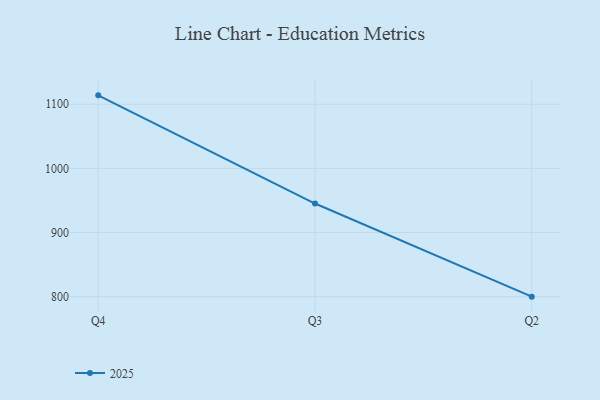
{"axis": {"x": "Quarter", "y": "Humidity (%)"}, "legend": ["2025"], "data": [{"x": "Q4", "y": 1113.9, "type": "2025"}, {"x": "Q3", "y": 945.2, "type": "2025"}, {"x": "Q2", "y": 800, "type": "2025"}]}